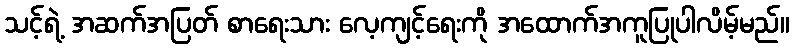
သင့်ရဲ့ အဆက်အပြတ် စာရေးသား လေ့ကျင့်ရေးကို အထောက်အကူပြုပါလိမ့်မည်။